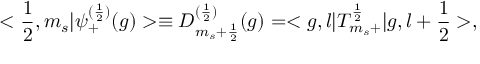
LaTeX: < \frac { 1 } { 2 } , m _ { s } | { \psi } _ { + } ^ { ( \frac { 1 } { 2 } ) } ( g ) > \equiv D _ { m _ { s } + \frac { 1 } { 2 } } ^ { ( \frac { 1 } { 2 } ) } ( g ) = < g , l | T _ { m _ { s } + } ^ { \frac { 1 } { 2 } } | g , l + \frac { 1 } { 2 } > ,